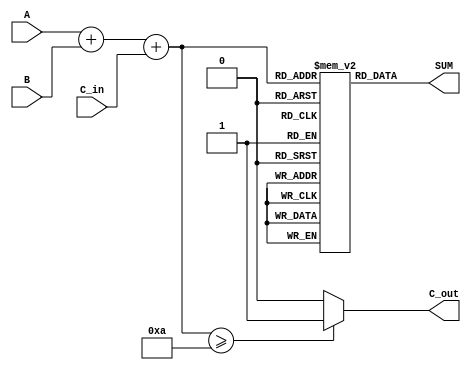
module BCD_LUT_Adder (
    input  wire [3:0] A,      // BCD input A
    input  wire [3:0] B,      // BCD input B
    input  wire C_in,         // Carry-in
    output wire [3:0] SUM,    // BCD output
    output wire C_out         // Carry-out
);

    // Temporary sum to hold the result of A + B + C_in
    wire [4:0] TEMP_SUM;
    assign TEMP_SUM = A + B + C_in;

    // LUT for BCD correction
    reg [3:0] LUT [0:19]; // LUT for sums from 0 to 19

    initial begin
        // Initialize LUT with BCD corrected values
        LUT[0]  = 4'b0000; // 0
        LUT[1]  = 4'b0001; // 1
        LUT[2]  = 4'b0010; // 2
        LUT[3]  = 4'b0011; // 3
        LUT[4]  = 4'b0100; // 4
        LUT[5]  = 4'b0101; // 5
        LUT[6]  = 4'b0110; // 6
        LUT[7]  = 4'b0111; // 7
        LUT[8]  = 4'b1000; // 8
        LUT[9]  = 4'b1001; // 9
        LUT[10] = 4'b0000; // 10 (BCD 0 with carry)
        LUT[11] = 4'b0001; // 11 (BCD 1 with carry)
        LUT[12] = 4'b0010; // 12 (BCD 2 with carry)
        LUT[13] = 4'b0011; // 13 (BCD 3 with carry)
        LUT[14] = 4'b0100; // 14 (BCD 4 with carry)
        LUT[15] = 4'b0101; // 15 (BCD 5 with carry)
        LUT[16] = 4'b0110; // 16 (BCD 6 with carry)
        LUT[17] = 4'b0111; // 17 (BCD 7 with carry)
        LUT[18] = 4'b1000; // 18 (BCD 8 with carry)
        LUT[19] = 4'b1001; // 19 (BCD 9 with carry)
    end

    // BCD output based on TEMP_SUM
    assign SUM = LUT[TEMP_SUM[4:0]];

    // Carry-out logic
    assign C_out = (TEMP_SUM >= 10) ? 1'b1 : 1'b0;

endmodule